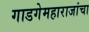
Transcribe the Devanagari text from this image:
गाडगेमहाराजांचा